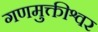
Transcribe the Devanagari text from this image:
गणमुक्तीश्वर